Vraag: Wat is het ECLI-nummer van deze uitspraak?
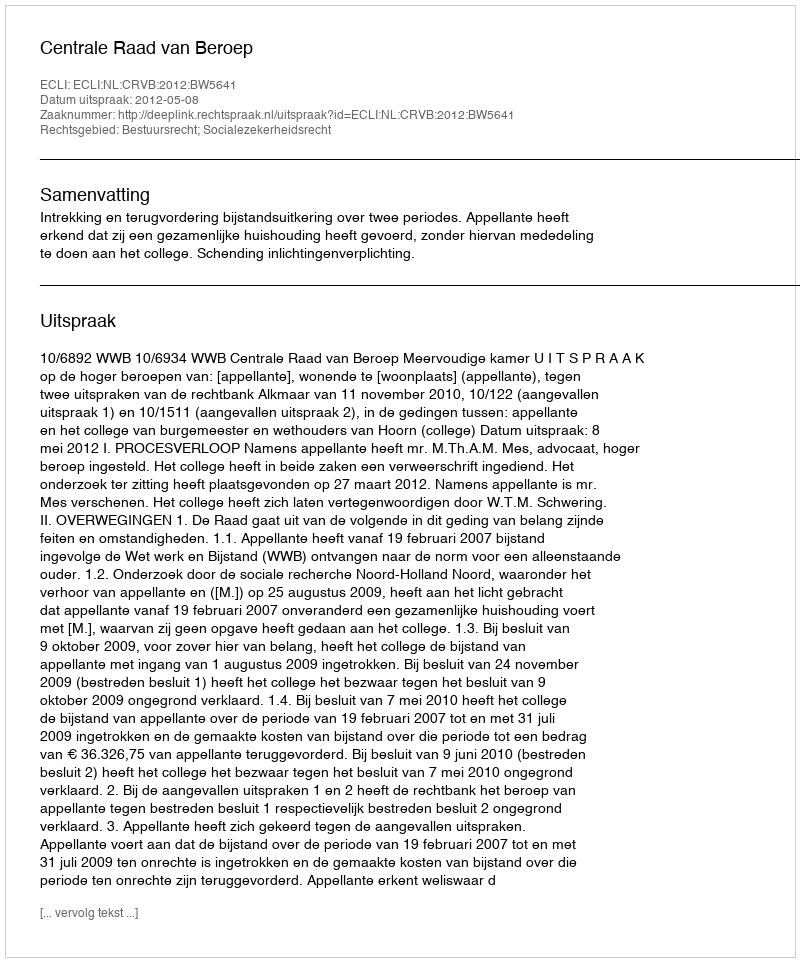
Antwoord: ECLI:NL:CRVB:2012:BW5641